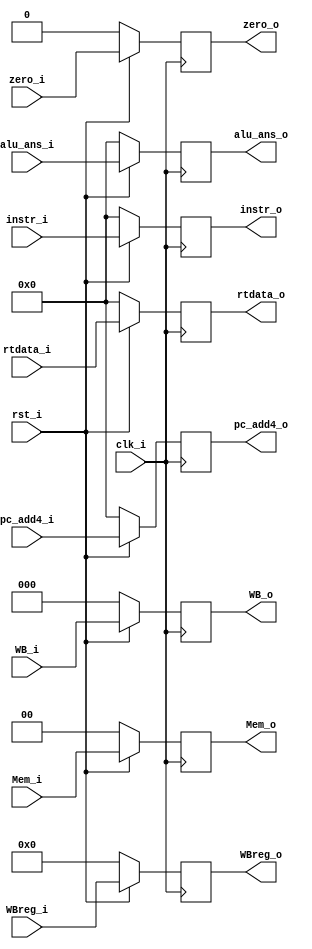
`timescale 1ns/1ps
module EXEMEM_register (
    input clk_i,
	input rst_i,
	input [31:0] instr_i,
	input [2:0] WB_i,
	input [1:0] Mem_i,
	input zero_i,
	input [31:0] alu_ans_i,
	input [31:0] rtdata_i,
	input [4:0] WBreg_i,
	input [31:0] pc_add4_i,

	output reg [31:0] instr_o,
	output reg [2:0] WB_o,
	output reg [1:0] Mem_o,
	output reg zero_o,
	output reg [31:0] alu_ans_o,
	output reg [31:0] rtdata_o,
	output reg [4:0] WBreg_o,
	output reg [31:0] pc_add4_o
);
/* Write your code HERE */

always @(posedge clk_i) begin
	if (~rst_i) begin
		instr_o <= 0;
		WB_o <= 0;
		Mem_o <= 0;
		zero_o <= 0;
		alu_ans_o <= 0;
		rtdata_o <= 0;
		WBreg_o <= 0;
		pc_add4_o <= 0;
	end
	else begin
		instr_o <= instr_i;
		WB_o <= WB_i;
		Mem_o <= Mem_i;
		zero_o <= zero_i;
		alu_ans_o <= alu_ans_i;
		rtdata_o <= rtdata_i;
		WBreg_o <= WBreg_i;
		pc_add4_o <= pc_add4_i;
	end
	
end



endmodule